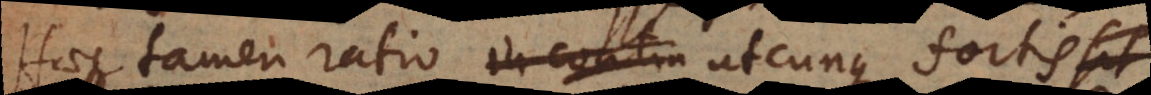
Haec tamen ratio in contin utcunque fortis sit